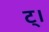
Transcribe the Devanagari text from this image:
ट्।